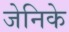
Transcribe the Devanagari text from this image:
जेनिके